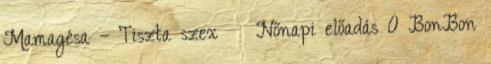
Mamagésa – Tiszta szex Nőnapi előadás 0 BonBon